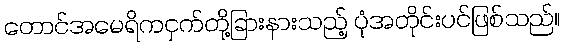
တောင်အမေရိကငှက်တို့ခြားနားသည့် ပုံအတိုင်းပင်ဖြစ်သည်။